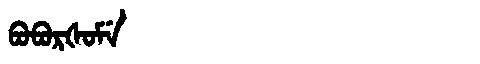
Manchu: ᠪᠣᠪᠣᡵᡧᠣᠮᡝ
Romanization: BOBORŠOME